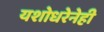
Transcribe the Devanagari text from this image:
यशोधरेनेही